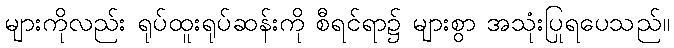
များကိုလည်း ရုပ်ထူးရုပ်ဆန်းကို စီရင်ရာ၌ များစွာ အသုံးပြုရပေသည်။